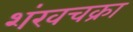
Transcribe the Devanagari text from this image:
शंखचक्रा